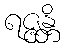
ရဇ္ဇန္တိ